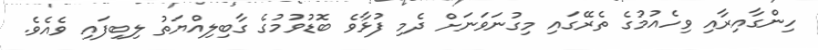
ހިންގާއިރާއި ވިހެއުމުގެ ތެރޭގައި މިގުނަވަނަށް ދެމި ފުޅާވެ ބޮޑުވުމުގެ ގާބިލިއްޔަތު ލިބިފައި ވެއެވެ.